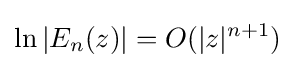
\ln |E_{n}(z)|=O(|z|^{n+1})